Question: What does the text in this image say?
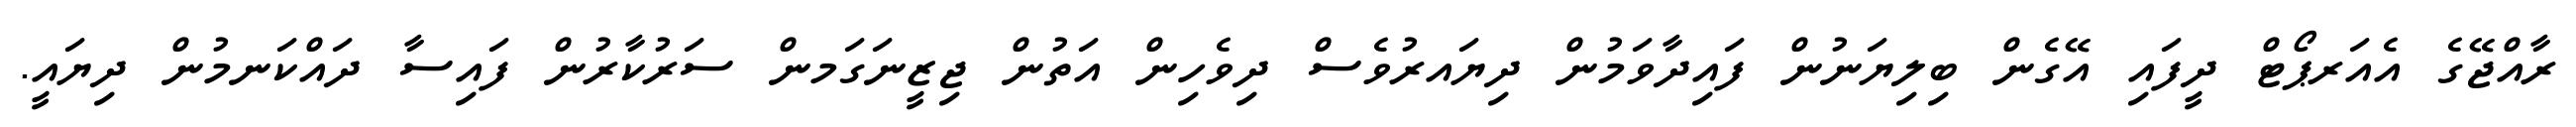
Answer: ރާއްޖޭގެ އެއަރޕޯޓް ދީފައި އޭގެން ބިލިޔަނުން ފައިދާވަމުން ދިޔައރުވެސް ދިވެހިން އަތުން ޖިޒީނަގަމން ސަރުކާރުން ފައިސާ ދައްކަނމުން ދިޔައީ.